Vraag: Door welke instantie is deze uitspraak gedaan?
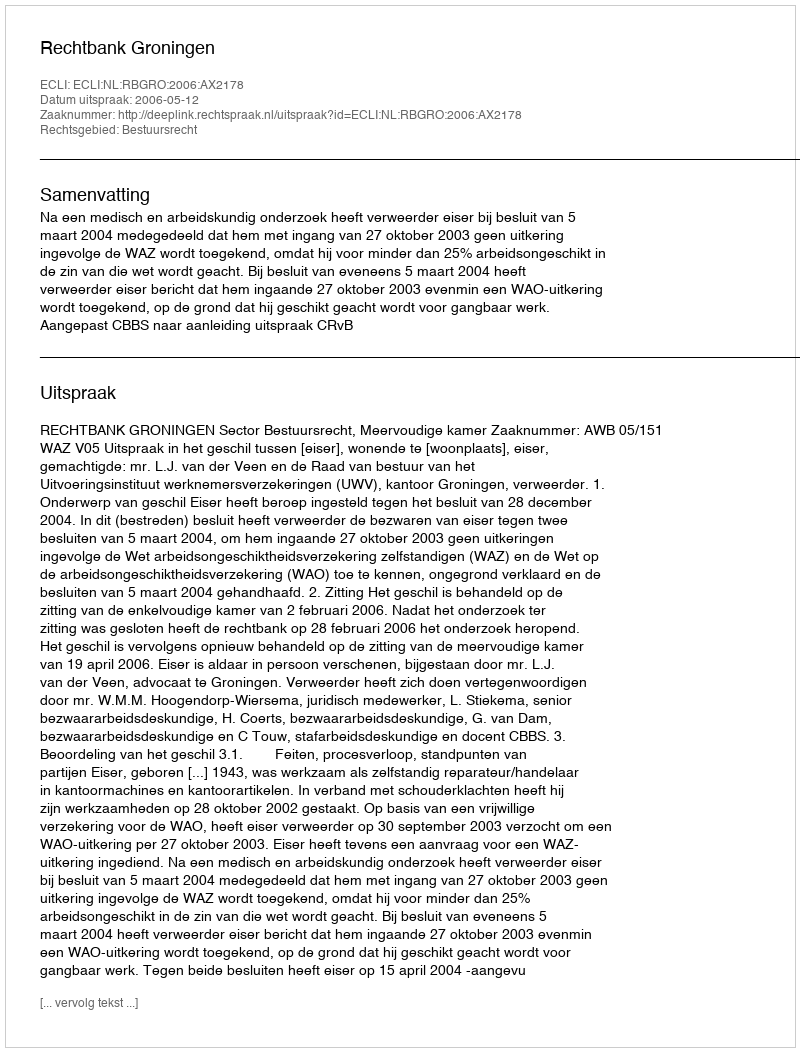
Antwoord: Rechtbank Groningen